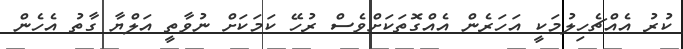
ކުރު އެއްޗެހިލުމަކީ އަހަރެން އެއްގޮތަކަށްވެސް ރުހޭ ކަމަކަށް ނުވާތީ އަލްޔާ ގާތު އެހެން